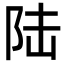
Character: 陆